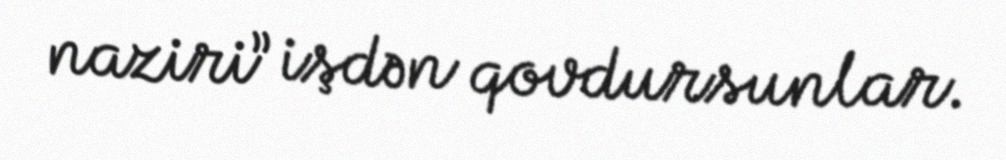
naziri” işdən qovdursunlar.